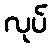
လုပ်